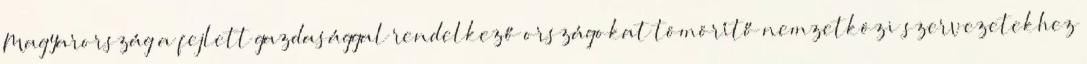
Magyarország a fejlett gazdasággal rendelkező országokat tömörítő nemzetközi szervezetekhez